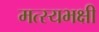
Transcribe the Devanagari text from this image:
मत्स्यभक्षी